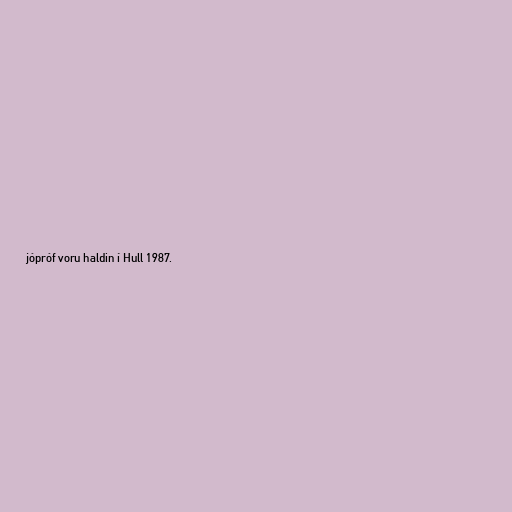
jópróf voru haldin í Hull 1987.